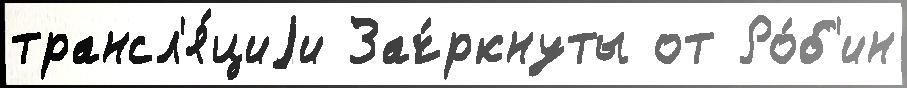
трансл'я́циjи Зач́ркнуты от Ро́б'ин